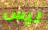
ليس